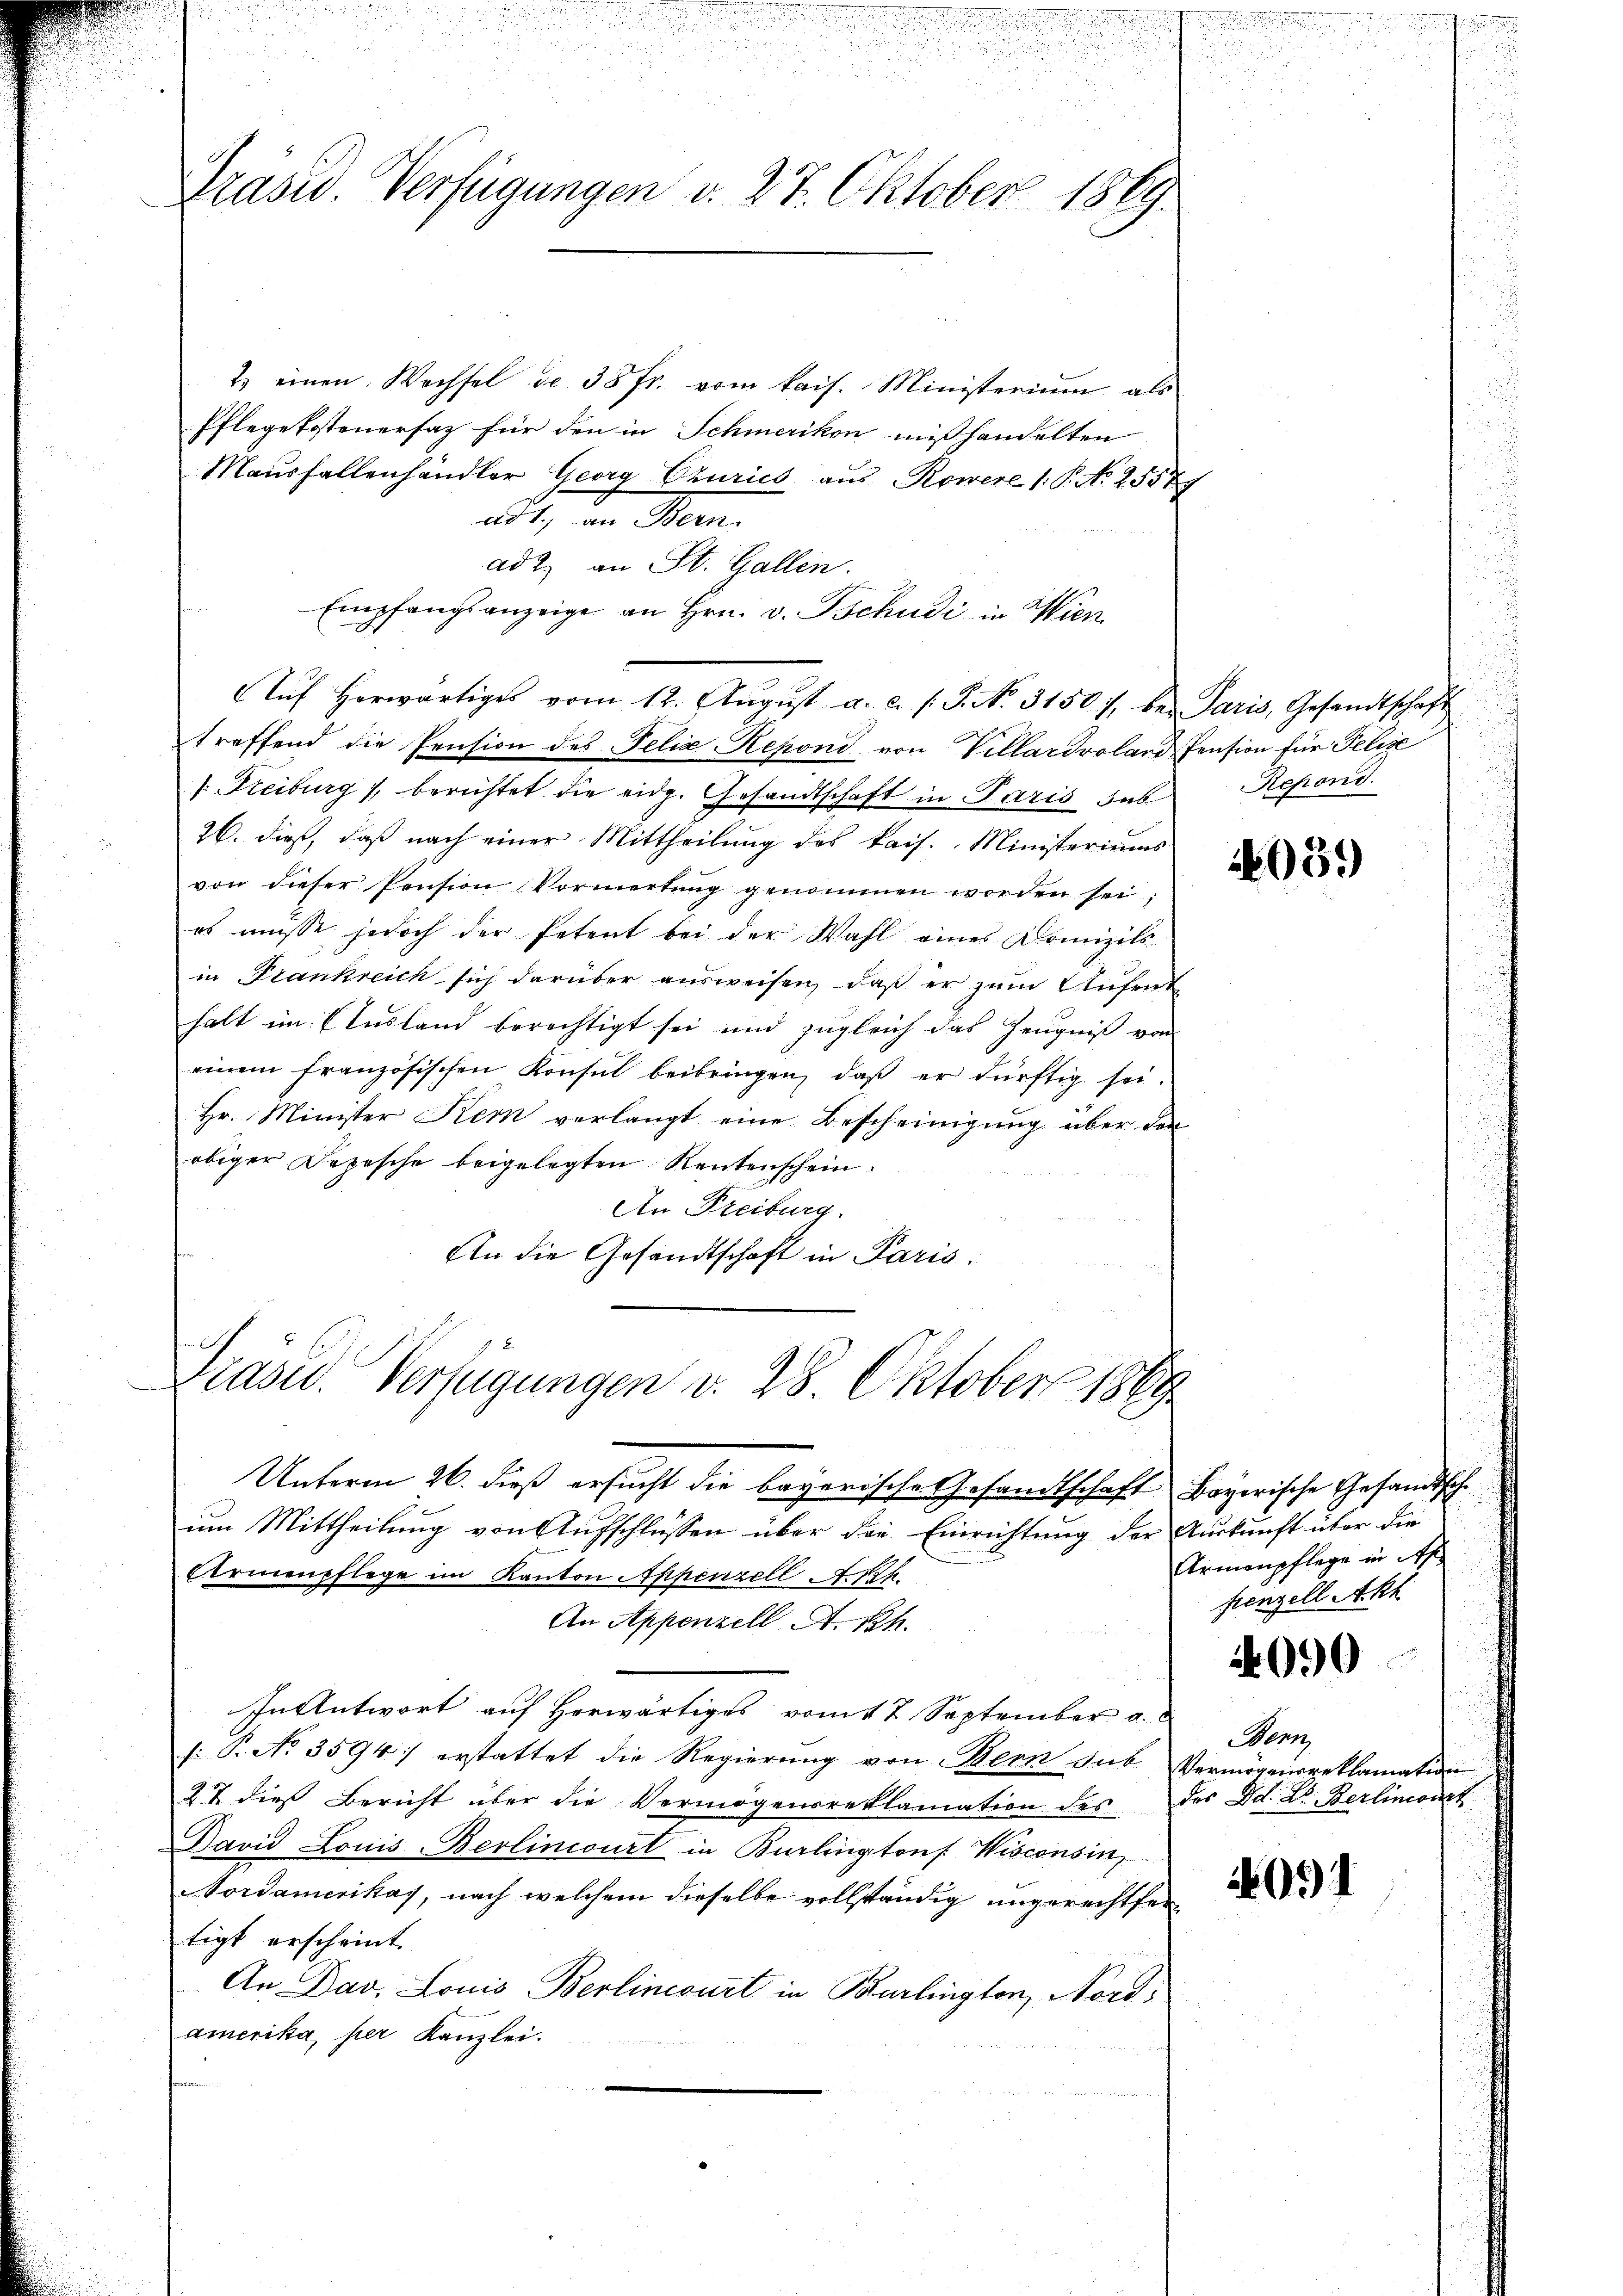
d
Präsid. Verfügungen v. 27. Oktober 1869.

2. einen Wechsel de 38 fr. vom kais. Ministerium als
Pflegekostenersatz für den in Schmerikon mißhandelten
Mausfallenhändler Georg Churies aus Rowere (: P. No 1557
ad 1., an Bern.
ad 2. an St. Gallen.
Empfangsanzeige an Hrn. v. Tschudi in Wien
treffend die Pension des Felix Keponi von Villardroland Pension für Telese
1. Freiburg / berichtet die eidg. Gesandtschaft in Paris hab Repond
26. dieß, daß nach einer Mittheilung des kais. Ministeriums
von dieser Pension Vormerkŭng genommen worden sei.
es müsse jedoch der Petent bei der Wahl eines Domizils
in Frankreich sich darüber ausweisen, daß er zum Aufenthalt im Ausland berechtigt sei und zugleich das Zeugniß von
einem französischen Konsul beibringen, daß er dürftig sei.
Hr. Minister Kern verlangt eine Bescheinigung über den
obiger Depesche beigelegten Rentenschein.
An Freiburg.
An die Gesandtschaft in Paris

Aŭf herwärtiges vom 12. Aŭgŭst a. c. s. S. N. 31507. bei Paris, Gesandtschaft

Unterm 26. dieß ersucht die bayerische Gesandtschaft Bayerische Gesandtscheum Mittheilung von Aufschlüssen über die Einrichtung der Auskunft über die
Armenpflege im Kanton Appenzell A.Rh.
An Appenzell A.Rh.
In Antwort auf herwärtiges vom 17. September a.c
1: P. No 3594; erstattet die Regierung von Bern Sub Vermögensreklamation
27 dies Bericht über die Vermögensreklamation des des Dd. Dr. Berlinik
Pavid Louis Berlincourt in Burlington Wisconsin
Nordamerikas, nach welchem dieselbe vollständig ungerechtfertigt erscheint.
An Dav. Louis Berlincourt in Burlingten, Nordamerika, per Kanzlei.

Prasw. Verfügungen v. 28. Oktober 1869

039

Armenpflege in des
fenzell Akk

4090

Wenn

4091